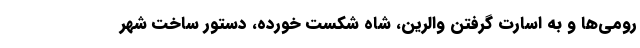
رومی‌ها و به اسارت گرفتن والرین، شاه شکست خورده،‌ دستور ساخت شهر